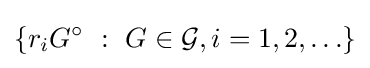
\left\{r_{i}G^{\circ }~:~G\in {\mathcal {G}},i=1,2,\ldots \right\}